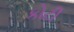
કોટી